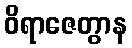
ဝိရာဇေတွာန